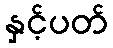
နှင့်ပတ်